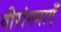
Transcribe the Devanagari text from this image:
वीरांगनाएँ